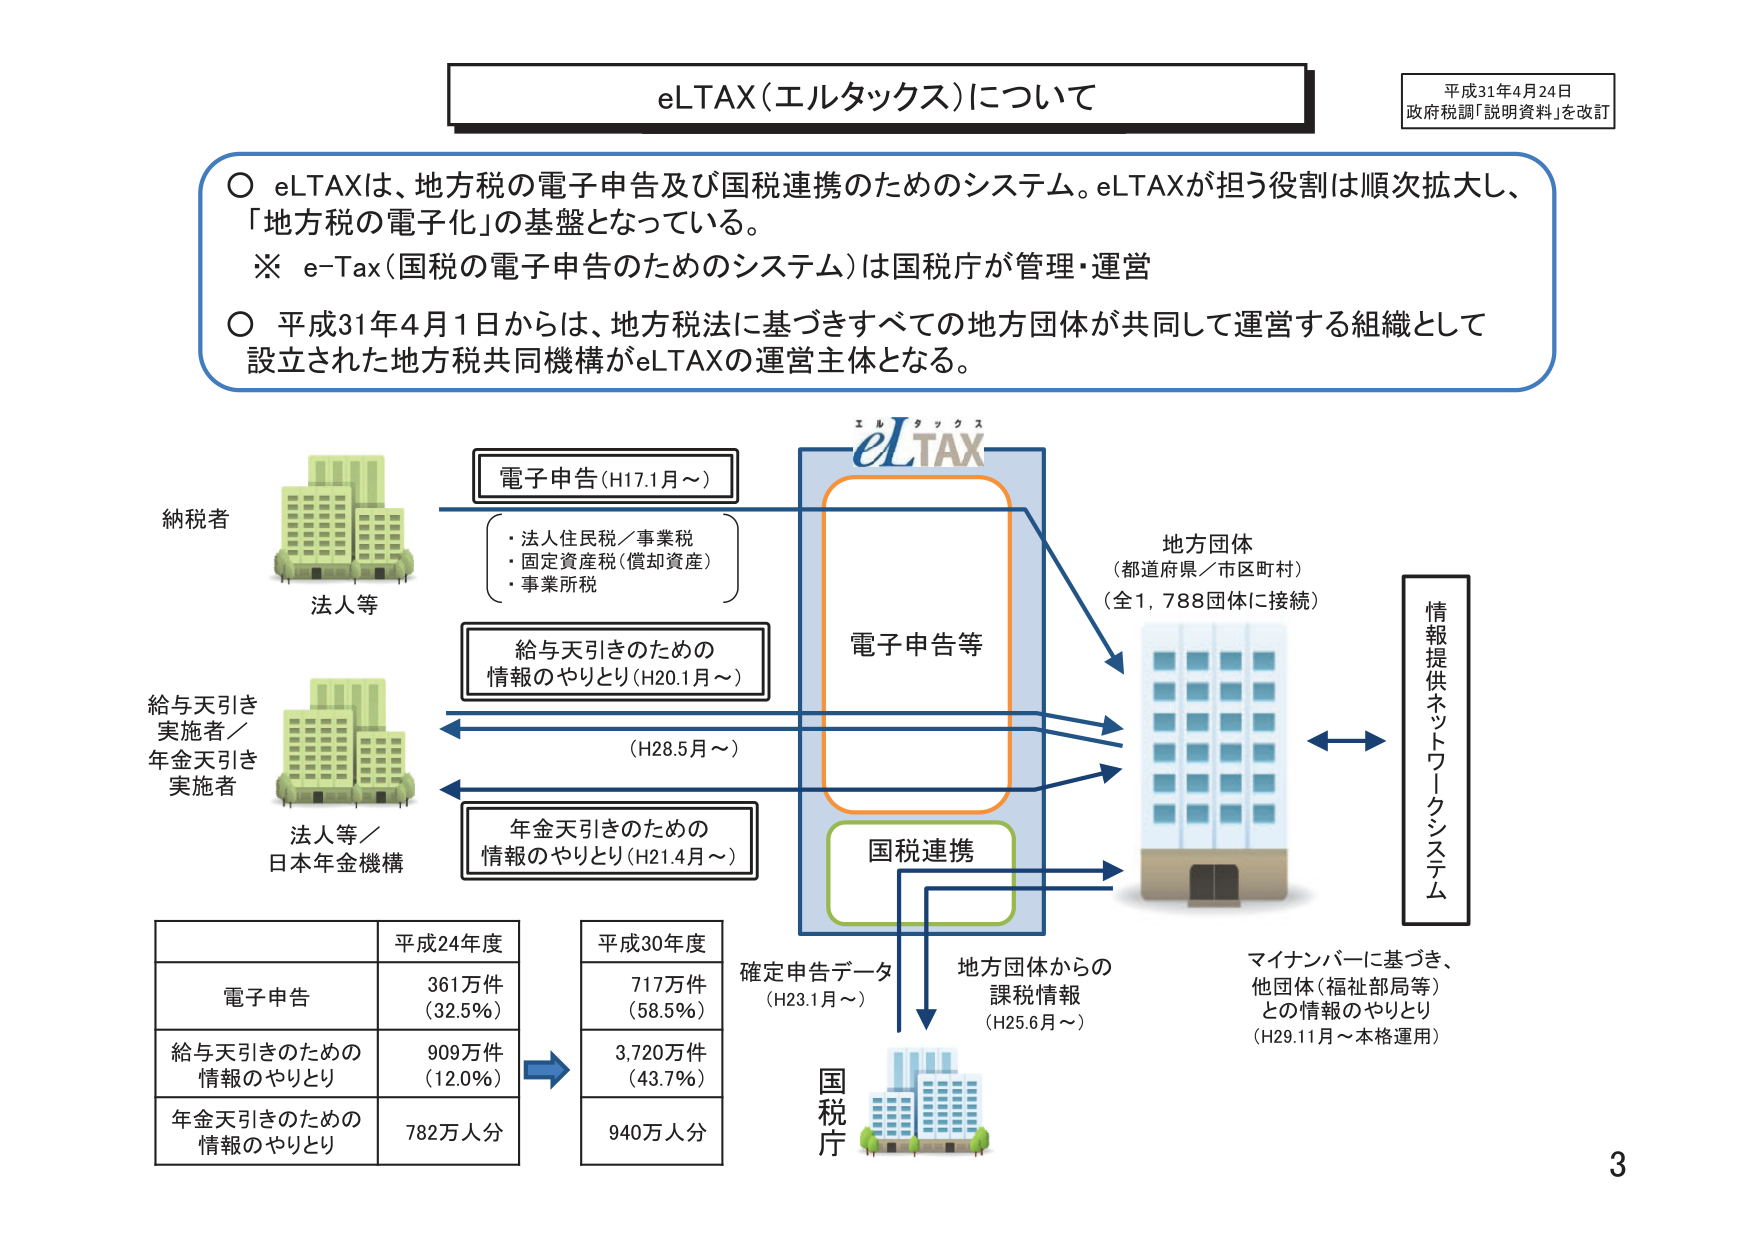
eLTAX（エルタックス）について
平成31年4月24日
政府税調「説明資料」を改訂

○ eLTAXは、地方税の電子申告及び国税連携のためのシステム。eLTAXが担う役割は順次拡大し、「地方税の電子化」の基盤となっている。
※ e-Tax（国税の電子申告のためのシステム）は国税庁が管理・運営
○ 平成31年4月1日からは、地方税法に基づきすべての地方団体が共同して運営する組織として設立された地方税共同機構がeLTAXの運営主体となる。

納税者
法人等

給与天引き実施者／年金天引き実施者
法人等／日本年金機構

電子申告（H17.1月～）
・法人住民税／事業税
・固定資産税（償却資産）
・事業所税

給与天引きのための情報のやりとり（H20.1月～）

年金天引きのための情報のやりとり（H21.4月～）

eLTAX
電子申告等
国税連携

地方団体
（都道府県／市区町村）
（全1,788団体に接続）

情報提供ネットワークシステム

（H28.5月～）

確定申告データ
（H23.1月～）

地方団体からの課税情報
（H25.6月～）

国税庁

マイナンバーに基づき、他団体（福祉部局等）との情報のやりとり
（H29.11月～本格運用）

平成24年度
電子申告　361万件（32.5%）
給与天引きのための情報のやりとり　909万件（12.0%）
年金天引きのための情報のやりとり　782万人分

平成30年度
電子申告　717万件（58.5%）
給与天引きのための情報のやりとり　3,720万件（43.7%）
年金天引きのための情報のやりとり　940万人分

3